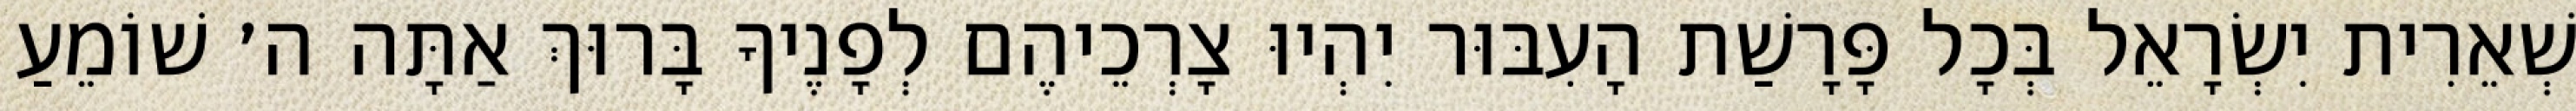
שְׁאֵרִית יִשְׂרָאֵל בְּכָל פָּרָשַׁת הָעִבּוּר יִהְיוּ צָרְכֵיהֶם לְפָנֶיךָ בָּרוּךְ אַתָּה ה׳ שׁוֹמֵעַ